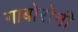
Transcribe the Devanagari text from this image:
गाबोरोनी